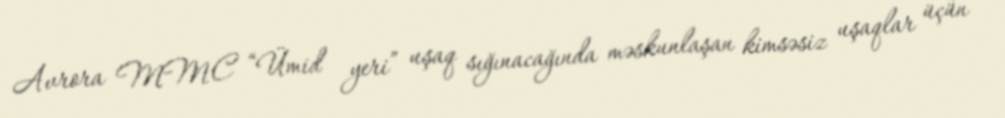
Avrora MMC “Ümid yeri” uşaq sığınacağında məskunlaşan kimsəsiz uşaqlar üçün